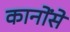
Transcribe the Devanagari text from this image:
कानोंसे